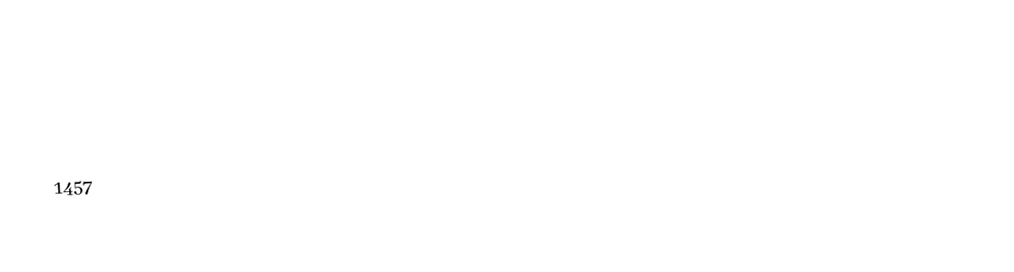

1457